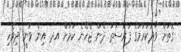
ގޮތަށް ވާދަކުރުމުގެ ފުރުސަތު ދޭން ޖެހޭނެ ކަމަށް އދ. އިން ވަނީ ދިވެހި